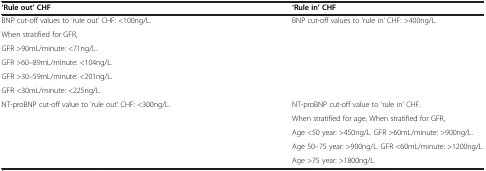
<table><thead><tr><td><b>‘Rule out’ CHF</b></td><td><b>‘Rule in’ CHF</b></td></tr></thead><tbody><tr><td>BNP cut-off values to ‘rule out’ CHF: &lt;100ng/L.</td><td rowspan="6">BNP cut-off values to ‘rule in’ CHF: &gt;400ng/L.</td></tr><tr><td>When stratified for GFR,</td></tr><tr><td>GFR &gt;90mL/minute: &lt;71ng/L.</td></tr><tr><td>GFR &gt;60–89mL/minute: &lt;104ng/L.</td></tr><tr><td>GFR &gt;30–59mL/minute: &lt;201ng/L.</td></tr><tr><td>GFR &lt;30mL/minute: &lt;225ng/L.</td></tr><tr><td rowspan="4">NT-proBNP cut-off value to ‘rule out’ CHF: &lt;300ng/L.</td><td>NT-proBNP cut-off value to ‘rule in’ CHF.</td></tr><tr><td>When stratified for age, When stratified for GFR,</td></tr><tr><td>Age &lt;50 year: &gt;450ng/L. GFR &gt;60mL/minute: &gt;900ng/L.</td></tr><tr><td>Age 50–75 year: &gt;900ng/L. GFR &lt;60mL/minute: &gt;1200ng/L.</td></tr><tr><td> </td><td>Age &gt;75 year: &gt;1800ng/L.</td></tr></tbody></table>